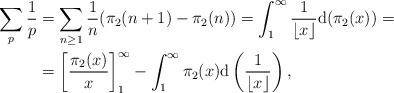
\begin{align*} \sum_{p } \frac{1}{p} &= \sum_{n \geq 1} \frac{1}{n} (\pi_2(n+1) - \pi_2(n)) = \int_1^\infty \frac{1}{\lfloor x \rfloor} \mathrm{d}(\pi_2(x)) = \\ &= \left[ \frac{\pi_2(x)}{x} \right]_1^\infty - \int_1^\infty \pi_2(x) \mathrm{d}\left( \frac{1}{\lfloor x \rfloor} \right), \end{align*}